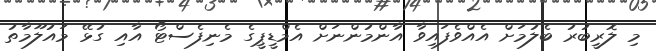
މި ލޮރީބުރު ބެލުމަށް އެއްވެފައިވާ އާންމުންނަށް އެމްޑީޕީގެ މެނިފެސްޓޯ އާއި ގުޅޭ މައުލޫމާތު